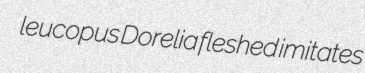
leucopus Dorelia fleshed imitates